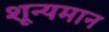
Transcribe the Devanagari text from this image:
शून्यमान